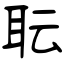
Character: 耺